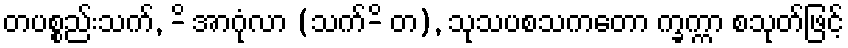
တပစ္စည်းသက်, -ိ အာဂုံလာ (သက်-ိ တ), သုသပစသကတော က္ခက္ကာ စသုတ်ဖြင့်